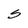
Character: S